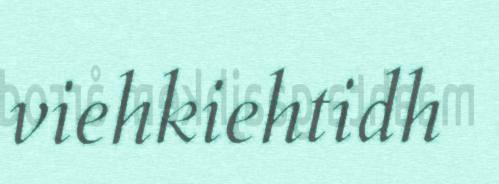
viehkiehtidh